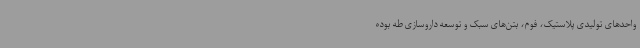
واحدهای تولیدی پلاستیک، فوم، بتن‌های سبک و توسعه داروسازی طه بوده